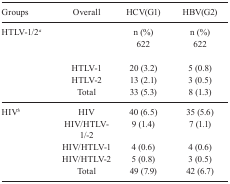
| Groups | Overall | HCV(G1) | HBV(G2) |
 | --- | --- | --- | --- |
 | HTLV-1/2a |  | n (%) | n (%) |
 |  |  | 622 | 622 |
 |  | HTLV-1 | 20 (3.2) | 5 (0.8) |
 |  | HTLV-2 | 13 (2.1) | 3 (0.5) |
 |  | Total | 33 (5.3) | 8 (1.3) |
 | HIVb | HIV | 40 (6.5) | 35 (5.6) |
 |  | HIV/HTLV-1/-2 | 9 (1.4) | 7 (1.1) |
 |  | HIV/HTLV-1 | 4 (0.6) | 4 (0.6) |
 |  | HIV/HTLV-2 | 5 (0.8) | 3 (0.5) |
 |  | Total | 49 (7.9) | 42 (6.7) |